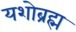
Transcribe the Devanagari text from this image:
यशोब्रह्म